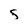
Character: s